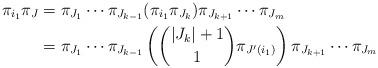
LaTeX: \begin{align*} \pi_{i_1}\pi_J &= \pi_{J_1}\cdots \pi_{J_{k-1}}(\pi_{i_1} \pi_{J_k})\pi_{J_{k+1}}\cdots \pi_{J_m}\\ &= \pi_{J_1}\cdots \pi_{J_{k-1}}\left( \binom{|J_k|+1}{1}\pi_{J'(i_1)}\right) \pi_{J_{k+1}}\cdots \pi_{J_m}\end{align*}